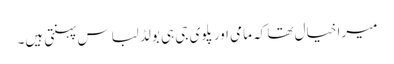
میرا خیال تھا کہ مامی اور پلوی جی ہی بولڈ لباس پہنتی ہیں۔